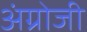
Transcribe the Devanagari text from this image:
अंग्रोजी